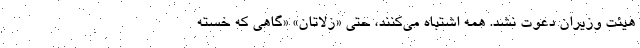
هیئت وزیران دعوت نشد. همه اشتباه می‌کنند، حتی «زلاتان» «گاهی که خسته